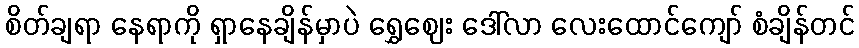
စိတ်ချရာ နေရာကို ရှာနေချိန်မှာပဲ ရွှေဈေး ဒေါ်လာ လေးထောင်ကျော် စံချိန်တင်